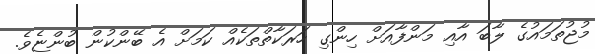
މުޖުތަމައުގެ ލާބަ އާއި މަންފާއަށް ހިންގި ހަރަކާތްތަކެއް ކަމަށް އެ ބޭންކުން ބުންޏެވެ.